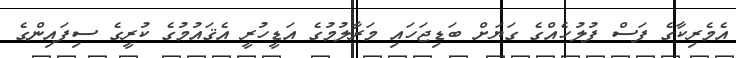
އެމެރިކާގެ ފަސް ފުލުހެއްގެ ގަޔަށް ބަޑިޖަހައި މަރާލުމުގެ އަޑީހުރީ އެޤައުމުގެ ކުރީގެ ސިފައިންގެ